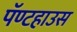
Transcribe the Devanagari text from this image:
पॅण्टहाउस